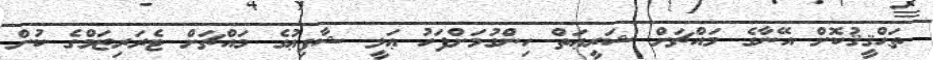
ތަޙްޤީޤުކޮށް އޭނާގެ މައްޗަށް ޝަރީޢަތް ހިންގުމަށްފަހު ޢަލީ ޝާފިޢުގެ މައްޗަށް ޓެރަރިޒަމްގެ ކުށް